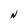
Character: N